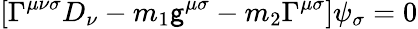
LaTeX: [\Gamma^{\mu\nu\sigma}D_{\nu}-m_{1}\mathsf{g}^{\mu\sigma}-m_{2}\Gamma^{\mu\sigma}]\psi_{\sigma}=0